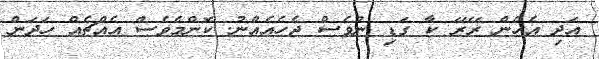
އަދި އެހެން ރޭރޭ ކާ ގަޑި ނުވެސް ޖެހެއެއްނު. ކޮންމެވެސް އެއްޗެއް ހަދަން